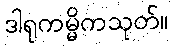
ဒါရုကမ္မိကသုတ်။